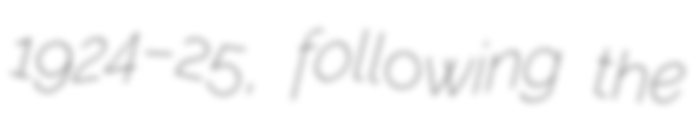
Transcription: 1924–25, following the